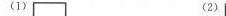
(1) (2)